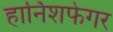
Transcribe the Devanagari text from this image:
हार्निशफेगर